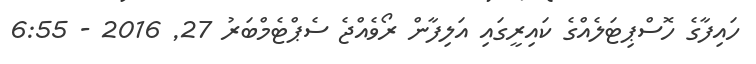
ހައިފާގެ ހޮސްޕިޓަލެއްގެ ކައިރީގައި އަލިފާން ރޯވެއްޖެ ސެޕްޓެމްބަރު 27